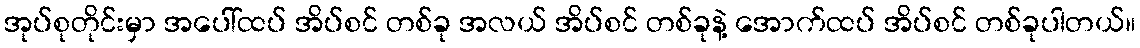
အုပ်စုတိုင်းမှာ အပေါ်ထပ် အိပ်စင် တစ်ခု အလယ် အိပ်စင် တစ်ခုနဲ့ အောက်ထပ် အိပ်စင် တစ်ခုပါတယ်။